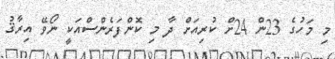
މި މަހުގެ 23ން 24ށް ކުރިއަށް ދާ މި ކޮންފަރެންސްއަކީ ނޯވޭ އިރާޤު